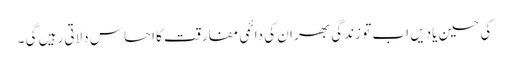
کی حسین یادیں اب تو زندگی بھر ان کی دائمی مفارقت کا احساس دلاتی رہیں گی ۔